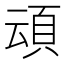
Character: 𮨀